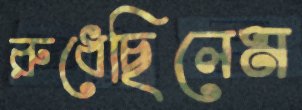
রুধেছিলেম